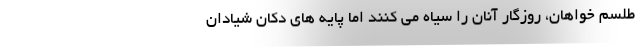
طلسم خواهان، روزگار آنان را سیاه می کنند اما پایه های دکان شیادان